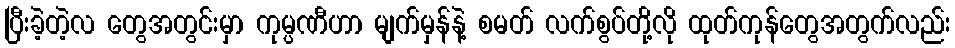
ပြီးခဲ့တဲ့လ တွေအတွင်းမှာ ကုမ္ပဏီဟာ မျက်မှန်နဲ့ စမတ် လက်စွပ်တို့လို ထုတ်ကုန်တွေအတွက်လည်း